system: You are a helpful assistant.
user:
Analyze the provided spectrum to determine if it is a **Carbon Star (C-type)**.

- **Key Visual Indicators of Carbon Star:**
    - **(Primary):** Strong molecular absorption from **C₂ (diatomic carbon) "Swan Bands."** This is the **defining feature** of a carbon star.
        - **(Key Bandheads):** Sharp absorption edges are visible at approximately $5635$ Å, $5165$ Å (the strongest band), and $4737$ Å.
        - **(Line Profile):** Creates a distinct **"saw-tooth"** pattern. The key morphology is a sharp, steep bandhead on the **red (long-wavelength) side**, which then gradually tapers off (i.e., flux recovers) towards the **blue (short-wavelength) side**. *(This is the direct opposite of the TiO bands seen in M-type stars)*.

    - **(Secondary):** Intense **CN (cyanogen)** molecular absorption bands.
        - **(Key Bandheads):** Located in the blue and violet regions of the spectrum (e.g., near $4215$ Å and $3883$ Å).
        - **(Morphology):** These bands are extremely broad and act as a "blanket," absorbing the vast majority of blue and violet light. This creates a characteristic **"cliff"** or **"steep drop-off"** in the spectrum's flux at short wavelengths.

    - **(Key Confirmation):** Strong **CH absorption band (G-band)**.
        - **(Key Bandhead):** Located around $4300$ Å. The contribution from CH molecules to this band is exceptionally strong.

    - **(Overall Spectrum):**
        - The continuum is severely "chopped up" by these deep molecular bands, especially C₂, rather than appearing as a smooth curve.
        - Due to the heavy CN and C₂ absorption in the blue-green, the vast majority of the star's flux is concentrated in the red part of the spectrum, giving the star its characteristic deep red color.

Think first, call **spectral_visualization_tool** if needed to examine features in detail, then provide your final answer. Your response must adhere to the following strict rules:
1.  **Overall Structure:** Your response must follow the format `<think>...</think> <tool_call>...</tool_call> (if a tool is used) <answer>...</answer>`.
2.  **Tool Usage Constraint:** You may only make **one** tool call per turn.
3.  **Final Answer Format:** In the `<answer>` tag, your conclusion must be inside a `\boxed{}` command (e.g., `\boxed{YES}`), followed by your justification.

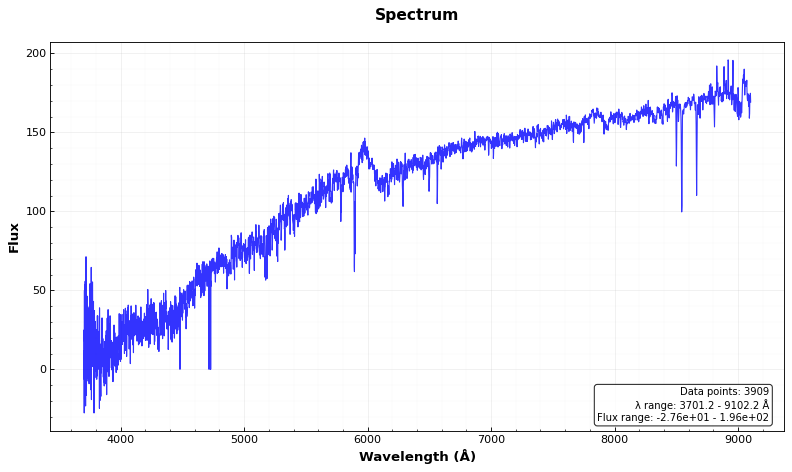
Answer: NO